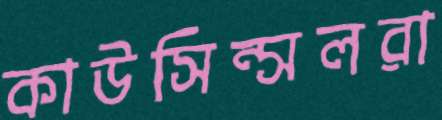
কাউসিন্সলরা